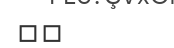
٤٩